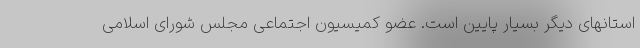
استانهای دیگر بسیار پایین است. عضو کمیسیون اجتماعی مجلس شورای اسلامی